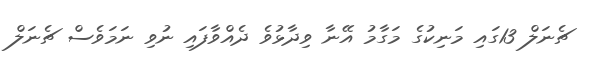
ޗެނަލް 13ގައި މަނިކުގެ މަގާމު އޭނާ ވިދާޅުވެ ދެއްވާފައި ނުވި ނަމަވެސް ޗެނަލް